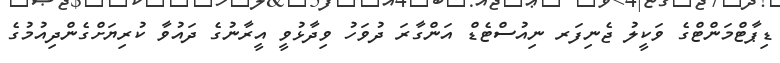
ޑިޕާޓްމަންޓްގެ ވަކީލު ޖެނިފަރ ނިއުސްޓެޑް އަންގާރަ ދުވަހު ވިދާޅުވީ އީރާނުގެ ދައުވާ ކުރިޔަށްގެންދިއުމުގެ